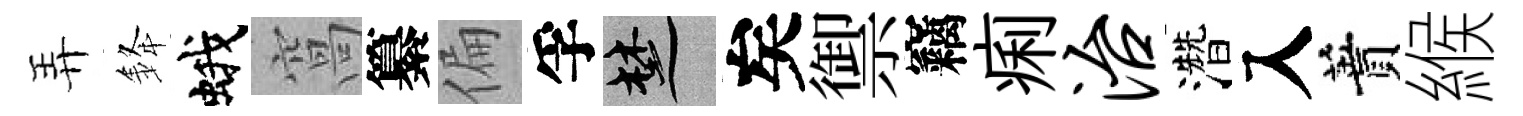
弄𨦟蛾窩纂偏孚楚矣禦竊痢治濳入蕡緱